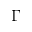
\Gamma